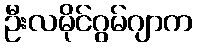
ဦးလမိုင်ဂွမ်ဂျာက